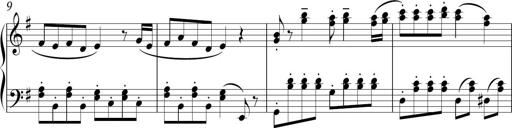
Title: Sonatina in E minor
Composer: Shuwen Zhang
Key: E minor